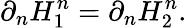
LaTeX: \partial_{n}H_{1}^{n}=\partial_{n}H_{2}^{n}.